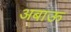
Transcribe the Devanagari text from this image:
अबाऊ